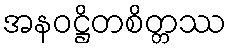
အနဝဋ္ဌိတစိတ္တဿ